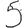
Digit: 5